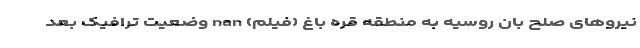
نیروهای صلح بان روسیه به منطقه قره باغ (فیلم) nan وضعیت ترافیک بعد